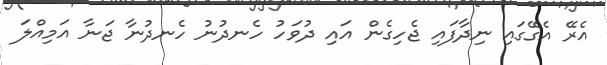
އެރޭ އެގޭގައި ނިދާފައި ޖެހިގެން އައި ދުވަހު ހެނދުނު ހެނދުނާ ޖަނާ އަމިއްލަ